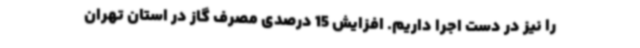
را نیز در دست اجرا داریم. افزایش 15 درصدی مصرف گاز در استان تهران